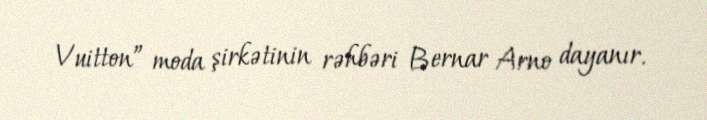
Vuitton” moda şirkətinin rəhbəri Bernar Arno dayanır.